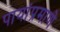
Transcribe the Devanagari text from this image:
पायांप्रमाणे